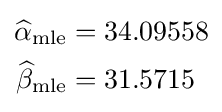
{\begin{aligned}{\widehat {\alpha }}_{\mathrm {mle} }&=34.09558\\{\widehat {\beta }}_{\mathrm {mle} }&=31.5715\end{aligned}}